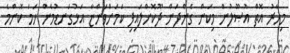
މިހާރު އޮތް އުޞޫލުން މިކަން ގެންދަން ދޫކޮށްލައިފި ކަމަށްވަންޏާ އަޅުގަނޑުމެން ހަމަ ކޮންމެ